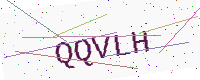
Text: QQVLH